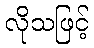
လိုသဖြင့်